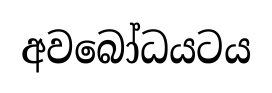
අවබෝධයටය